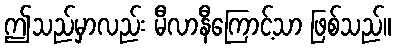
ဤသည်မှာလည်း မီလာနီကြောင့်သာ ဖြစ်သည်။